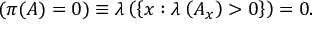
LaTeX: ( \pi ( A ) = 0 ) \equiv \lambda \left( \left\{ x : \lambda \left( A _ { x } \right) > 0 \right\} \right) = 0 .